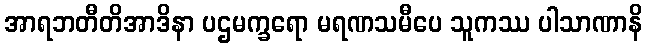
အာရဘတီတိအာဒိနာ ပဌမက္ခရော မရဏသမီပေ သူကဿ ပါသာဏာနိ